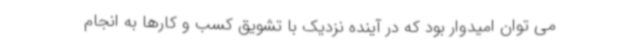
می توان امیدوار بود که در آینده نزدیک با تشویق کسب و کارها به انجام